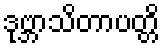
ဒုဗ္ဘာသိတာပတ္တိ